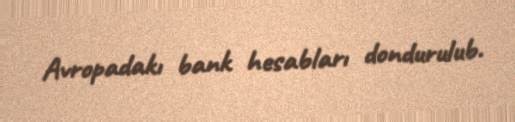
Avropadakı bank hesabları dondurulub.